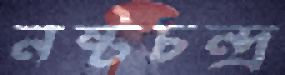
নষ্টচন্দ্র